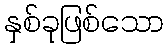
နှစ်ခုဖြစ်သော